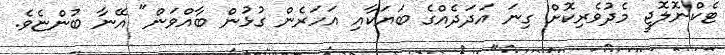
ޓެކްނޮލޮޖީ މެދުވެރިކޮށް ގިނަ އަދަދެއްގެ ބަޔަކާއި އަހަރެން ގުޅުން ބާއްވަން" އޭނާ ބުންޏެވެ.